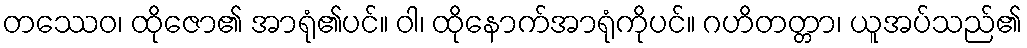
တဿေဝ၊ ထိုဇော၏ အာရုံ၏ပင်။ ဝါ၊ ထိုနောက်အာရုံကိုပင်။ ဂဟိတတ္တာ၊ ယူအပ်သည်၏